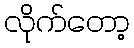
လိုက်တော့